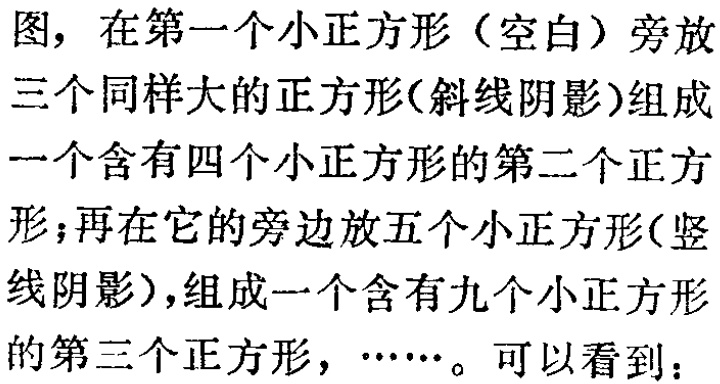
图，在第一个小正方形（空白）旁放三个同样大的正方形(斜线阴影)组成一个含有四个小正方形的第二个正方形；再在它的旁边放五个小正方形(竖线阴影)，组成一个含有九个小正方形的第三个正方形，……。可以看到：